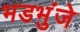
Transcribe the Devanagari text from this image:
भडभुंजे